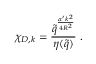
\chi _ { D , k } = \frac { \tilde { q } ^ { \frac { \alpha ^ { \prime } k ^ { 2 } } { 4 R ^ { 2 } } } } { \eta ( \tilde { q } ) } \ .